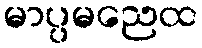
မာပ္ပမညေထ